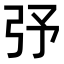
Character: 𢎻